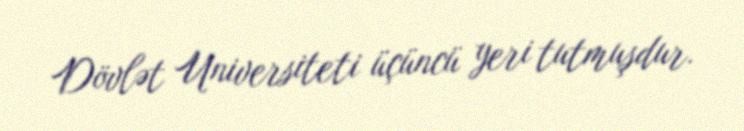
Dövlət Universiteti üçüncü yeri tutmuşdur.